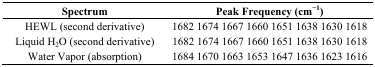
<table><thead><tr><td><b>Spectrum</b></td><td colspan="8"><b>Peak Frequency (cm<sup>−1</sup>)</b></td></tr></thead><tbody><tr><td>HEWL (second derivative)</td><td>1682</td><td>1674</td><td>1667</td><td>1660</td><td>1651</td><td>1638</td><td>1630</td><td>1618</td></tr><tr><td>Liquid H<sub>2</sub>O (second derivative)</td><td>1682</td><td>1674</td><td>1667</td><td>1660</td><td>1651</td><td>1638</td><td>1630</td><td>1618</td></tr><tr><td>Water Vapor (absorption)</td><td>1684</td><td>1670</td><td>1663</td><td>1653</td><td>1647</td><td>1636</td><td>1623</td><td>1616</td></tr></tbody></table>